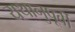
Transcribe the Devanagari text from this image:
यथानुपूर्वी